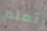
تعلم